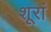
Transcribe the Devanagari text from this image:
शूरां